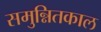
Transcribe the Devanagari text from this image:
समुन्नितकाल